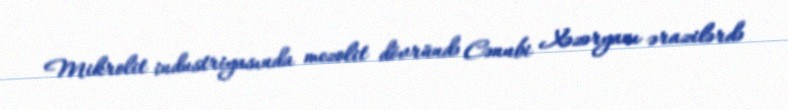
Mikrolit industriyasında mezolit dövründə Cənubi Xəzəryanı ərazilərdə